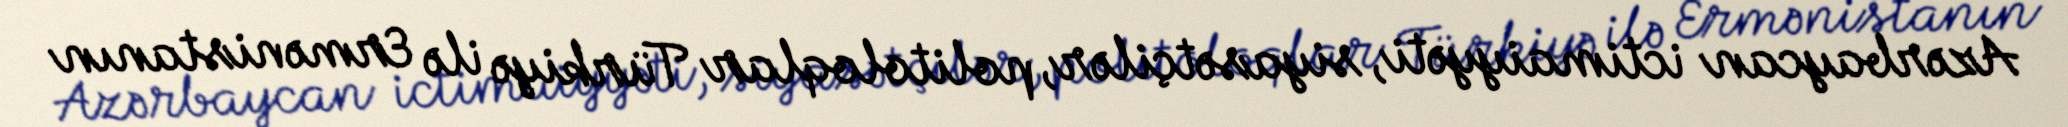
Azərbaycan ictimaiyyəti, siyasətçilər, politoloqlar Türkiyə ilə Ermənistanın